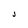
Character: J